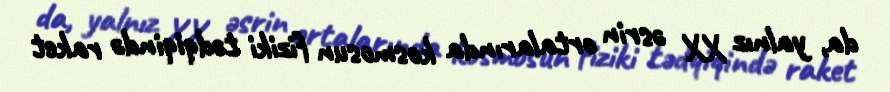
da, yalnız XX əsrin ortalarında kosmosun fiziki tədqiqində raket